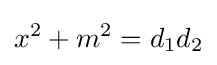
x^{2}+m^{2}=d_{1}d_{2}